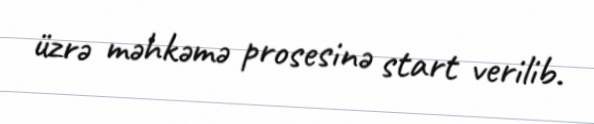
üzrə məhkəmə prosesinə start verilib.